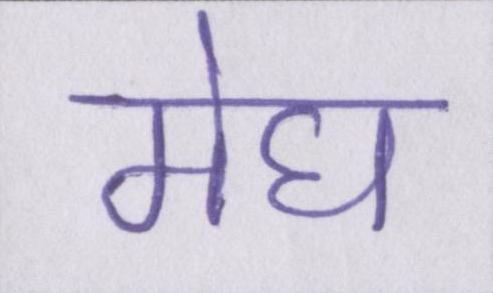
मेघ